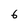
Character: 6